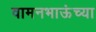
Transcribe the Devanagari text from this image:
वामनभाऊंच्या